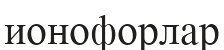
ионофорлар